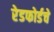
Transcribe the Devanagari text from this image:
रेडफोर्डचे